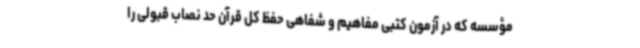
مؤسسه که در آزمون کتبی مفاهیم و شفاهی حفظ کل قرآن حد نصاب قبولی را